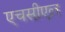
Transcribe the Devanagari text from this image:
एचसीएल